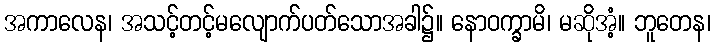
အကာလေန၊ အသင့်တင့်မလျောက်ပတ်သောအခါ၌။ နောဝက္ခာမိ၊ မဆိုအံ့။ ဘူတေန၊